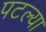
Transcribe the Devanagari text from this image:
पटल्या